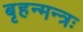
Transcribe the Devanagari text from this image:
बृहन्मन्त्रः